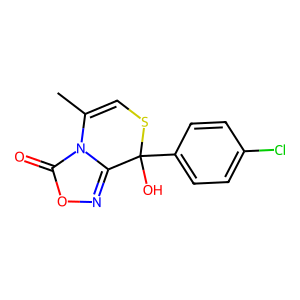
SMILES: CC1=CSC(O)(c2ccc(Cl)cc2)c2noc(=O)n21
Inhibits HIV replication: No